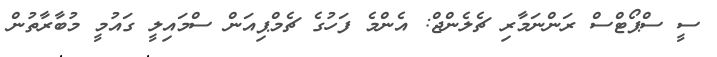
ސީ ސްޕޯޓްސް ރަންނަމާރި ޗެލެންޖް: އެންމެ ފަހުގެ ޗެމްޕިއަން ސްމައިލީ ގައުމީ މުބާރާތުން